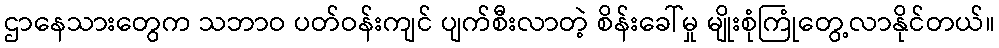
ဌာနေသားတွေက သဘာဝ ပတ်ဝန်းကျင် ပျက်စီးလာတဲ့ စိန်းခေါ်မှု မျိုးစုံကြုံတွေ့လာနိုင်တယ်။